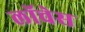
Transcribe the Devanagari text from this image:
लॉचेस